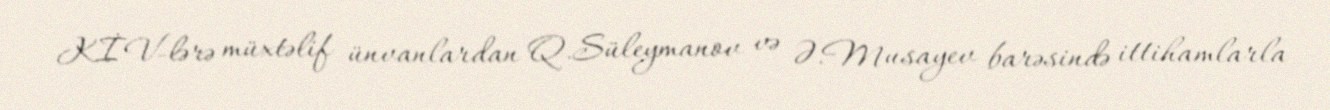
KİV-lərə müxtəlif ünvanlardan Q.Süleymanov və Ə.Musayev barəsində ittihamlarla